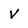
Character: V